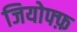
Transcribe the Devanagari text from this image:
जियोफ्फ़